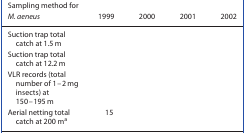
<table><thead><tr><td><b>Sampling method for <i>M. aeneus</i></b></td><td><b>1999</b></td><td><b>2000</b></td><td><b>2001</b></td><td><b>2002</b></td></tr></thead><tbody><tr><td>Suction trap total catch at 1.5 m</td><td>[EMPTY_CELL]</td><td>[EMPTY_CELL]</td><td>[EMPTY_CELL]</td><td>[EMPTY_CELL]</td></tr><tr><td>Suction trap total catch at 12.2 m</td><td>[EMPTY_CELL]</td><td>[EMPTY_CELL]</td><td>[EMPTY_CELL]</td><td>[EMPTY_CELL]</td></tr><tr><td>VLR records (total number of 1–2 mg insects) at 150–195 m</td><td>[EMPTY_CELL]</td><td>[EMPTY_CELL]</td><td>[EMPTY_CELL]</td><td>[EMPTY_CELL]</td></tr><tr><td>Aerial netting total catch at 200 ma</td><td>15</td><td>[EMPTY_CELL]</td><td>[EMPTY_CELL]</td><td>[EMPTY_CELL]</td></tr></tbody></table>